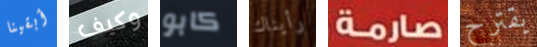
أبقينا وكيف كابو رأيناك صارمة يقترح